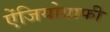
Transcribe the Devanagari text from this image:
ऐंजियोग्राफी